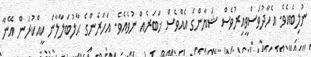
ނުލިބެއެވެ. އެހާދުވަސްވީއިރުވެސް ޝަޔާންގެ އެއްވެސް ޚަބަރެއް ނުވެއެވެ. އަހަރެންގެ ޙާލުބަލާލާން ކީއްކުރަން އޭނާ